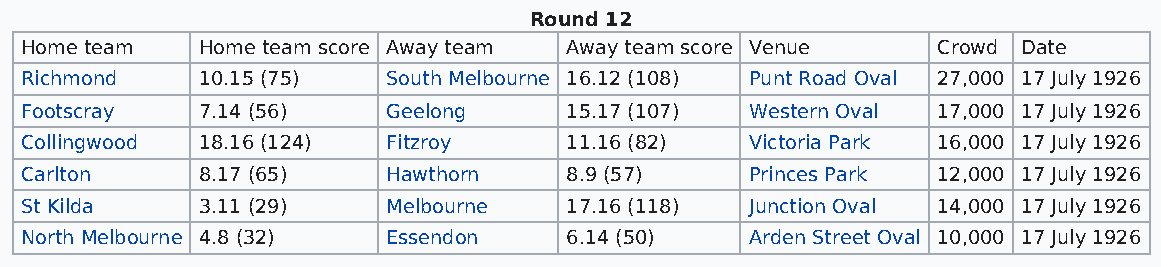
Round 12
 Home team   Home team score Away team Away team score Venue  Crowd Date
 Richmond    10.15 (75)   South Melbourne 16.12 (108) Punt Road Oval 27,000 17 July 1926
 Footscray   7.14 (56)    Geelong    15.17 (107)  Western Oval 17,000 17 July 1926
 Collingwood 18.16 (124)  Fitzroy    11.16 (82)   Victoria Park 16,000 17 July 1926
 Carlton     8.17 (65)    Hawthorn   8.9 (57)     Princes Park 12,000 17 July 1926
 St Kilda    3.11 (29)    Melbourne  17.16 (118)  Junction Oval 14,000 17 July 1926
 North Melbourne 4.8 (32) Essendon   6.14 (50)    Arden Street Oval 10,000 17 July 1926